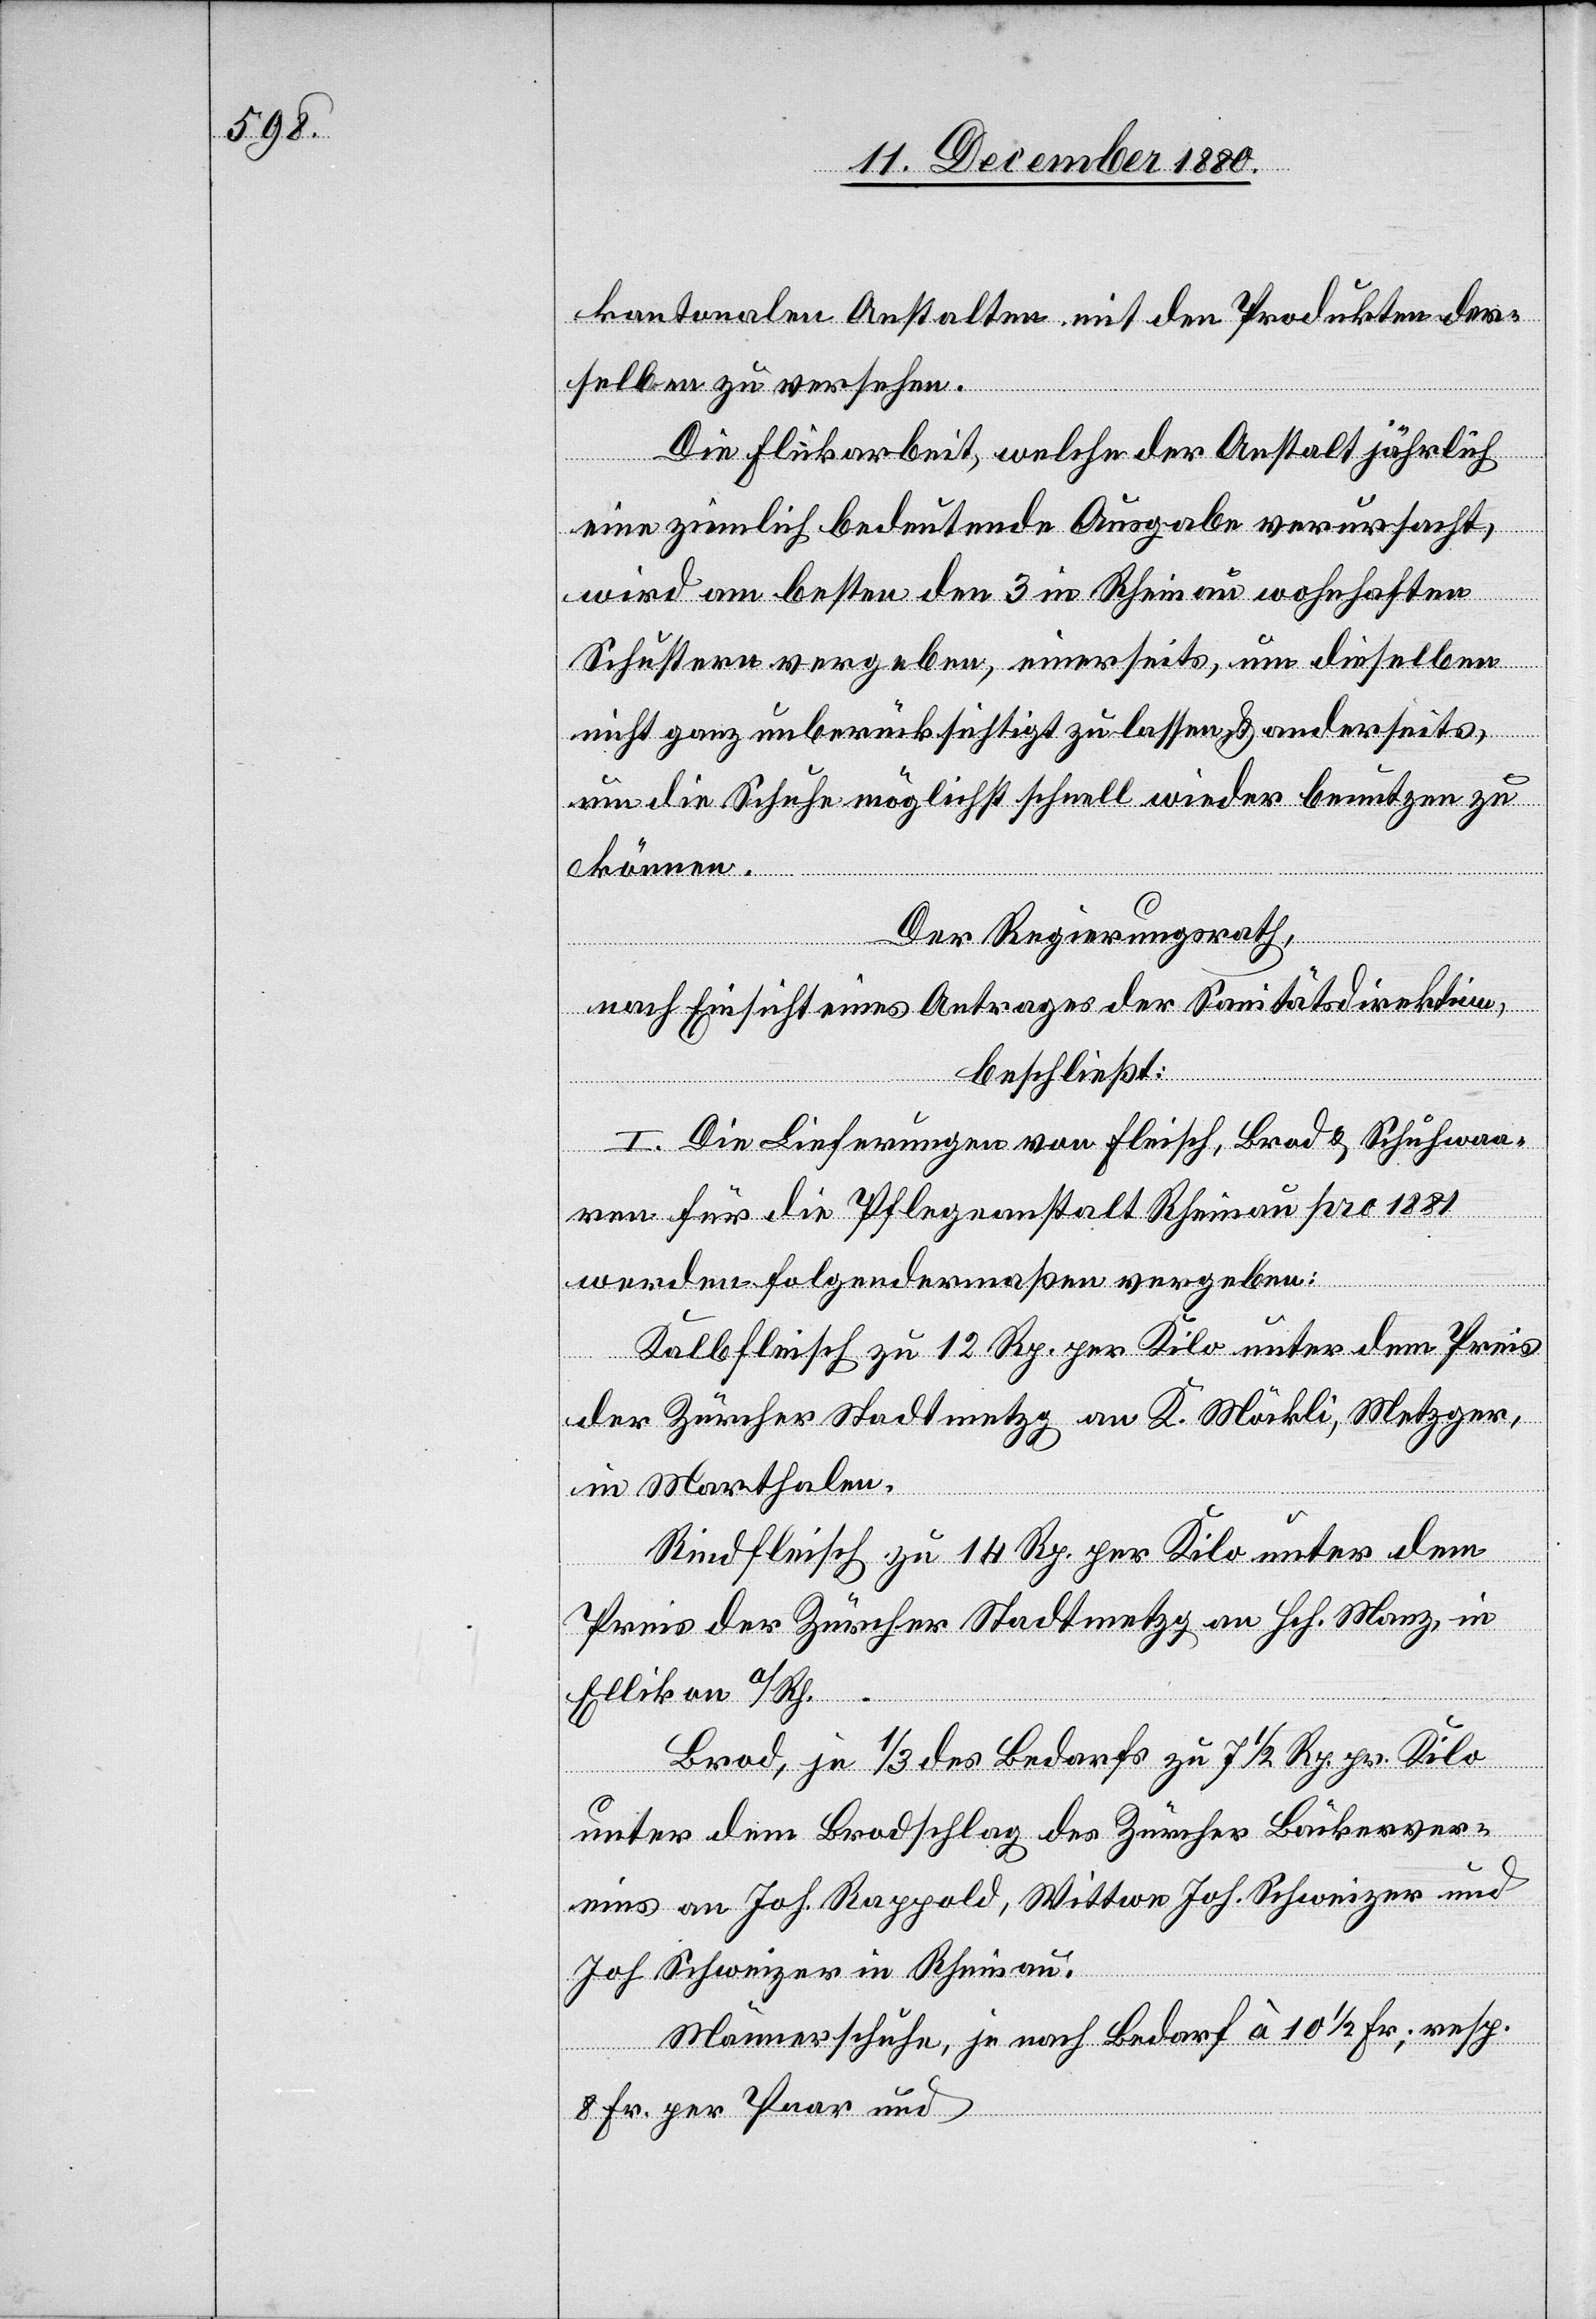
kantonalen Anstalten mit den Produkten der¬
selben zu versehen.
Die Flickarbeit, welche der Anstalt jährlich
eine ziemlich bedeutende Ausgabe verursacht,
wird am besten den 3 in Rheinau wohnhaften
Schustern vergeben, einerseits, um dieselben
nicht ganz unberücksichtigt zu lassen & anderseits,
um die Schuhe möglichst schnell wieder benutzen zu
können.
Der Regierungsrath,
nach Einsicht eines Antrages der Sanitätsdirektion,
beschließt:
I. Die Lieferungen von Fleisch, Brod & Schuhwaa¬
ren für die Pflegeanstalt Rheinau pro 1881
werden folgendermaßen vergeben:
Kalbfleisch zu 12 Rp. per Kilo unter dem
Preis der Zürcher Stadtmetzg an Hch. Manz, in
Ellikon a/Rh.
Brod, je 1/3 des Bedarfs zu 7 1/2 Rp. pr. Kilo
unter dem Brodschlag des Zürcher Bäckerver¬
eins an Joh. Rappold, Wittwe Joh. Schweizer und
Joh. Schweizer in Rheinau.
Männerschuhe, je nach Bedarf à 10 1/2 Fr.; resp.
8 Fr. per Paar und